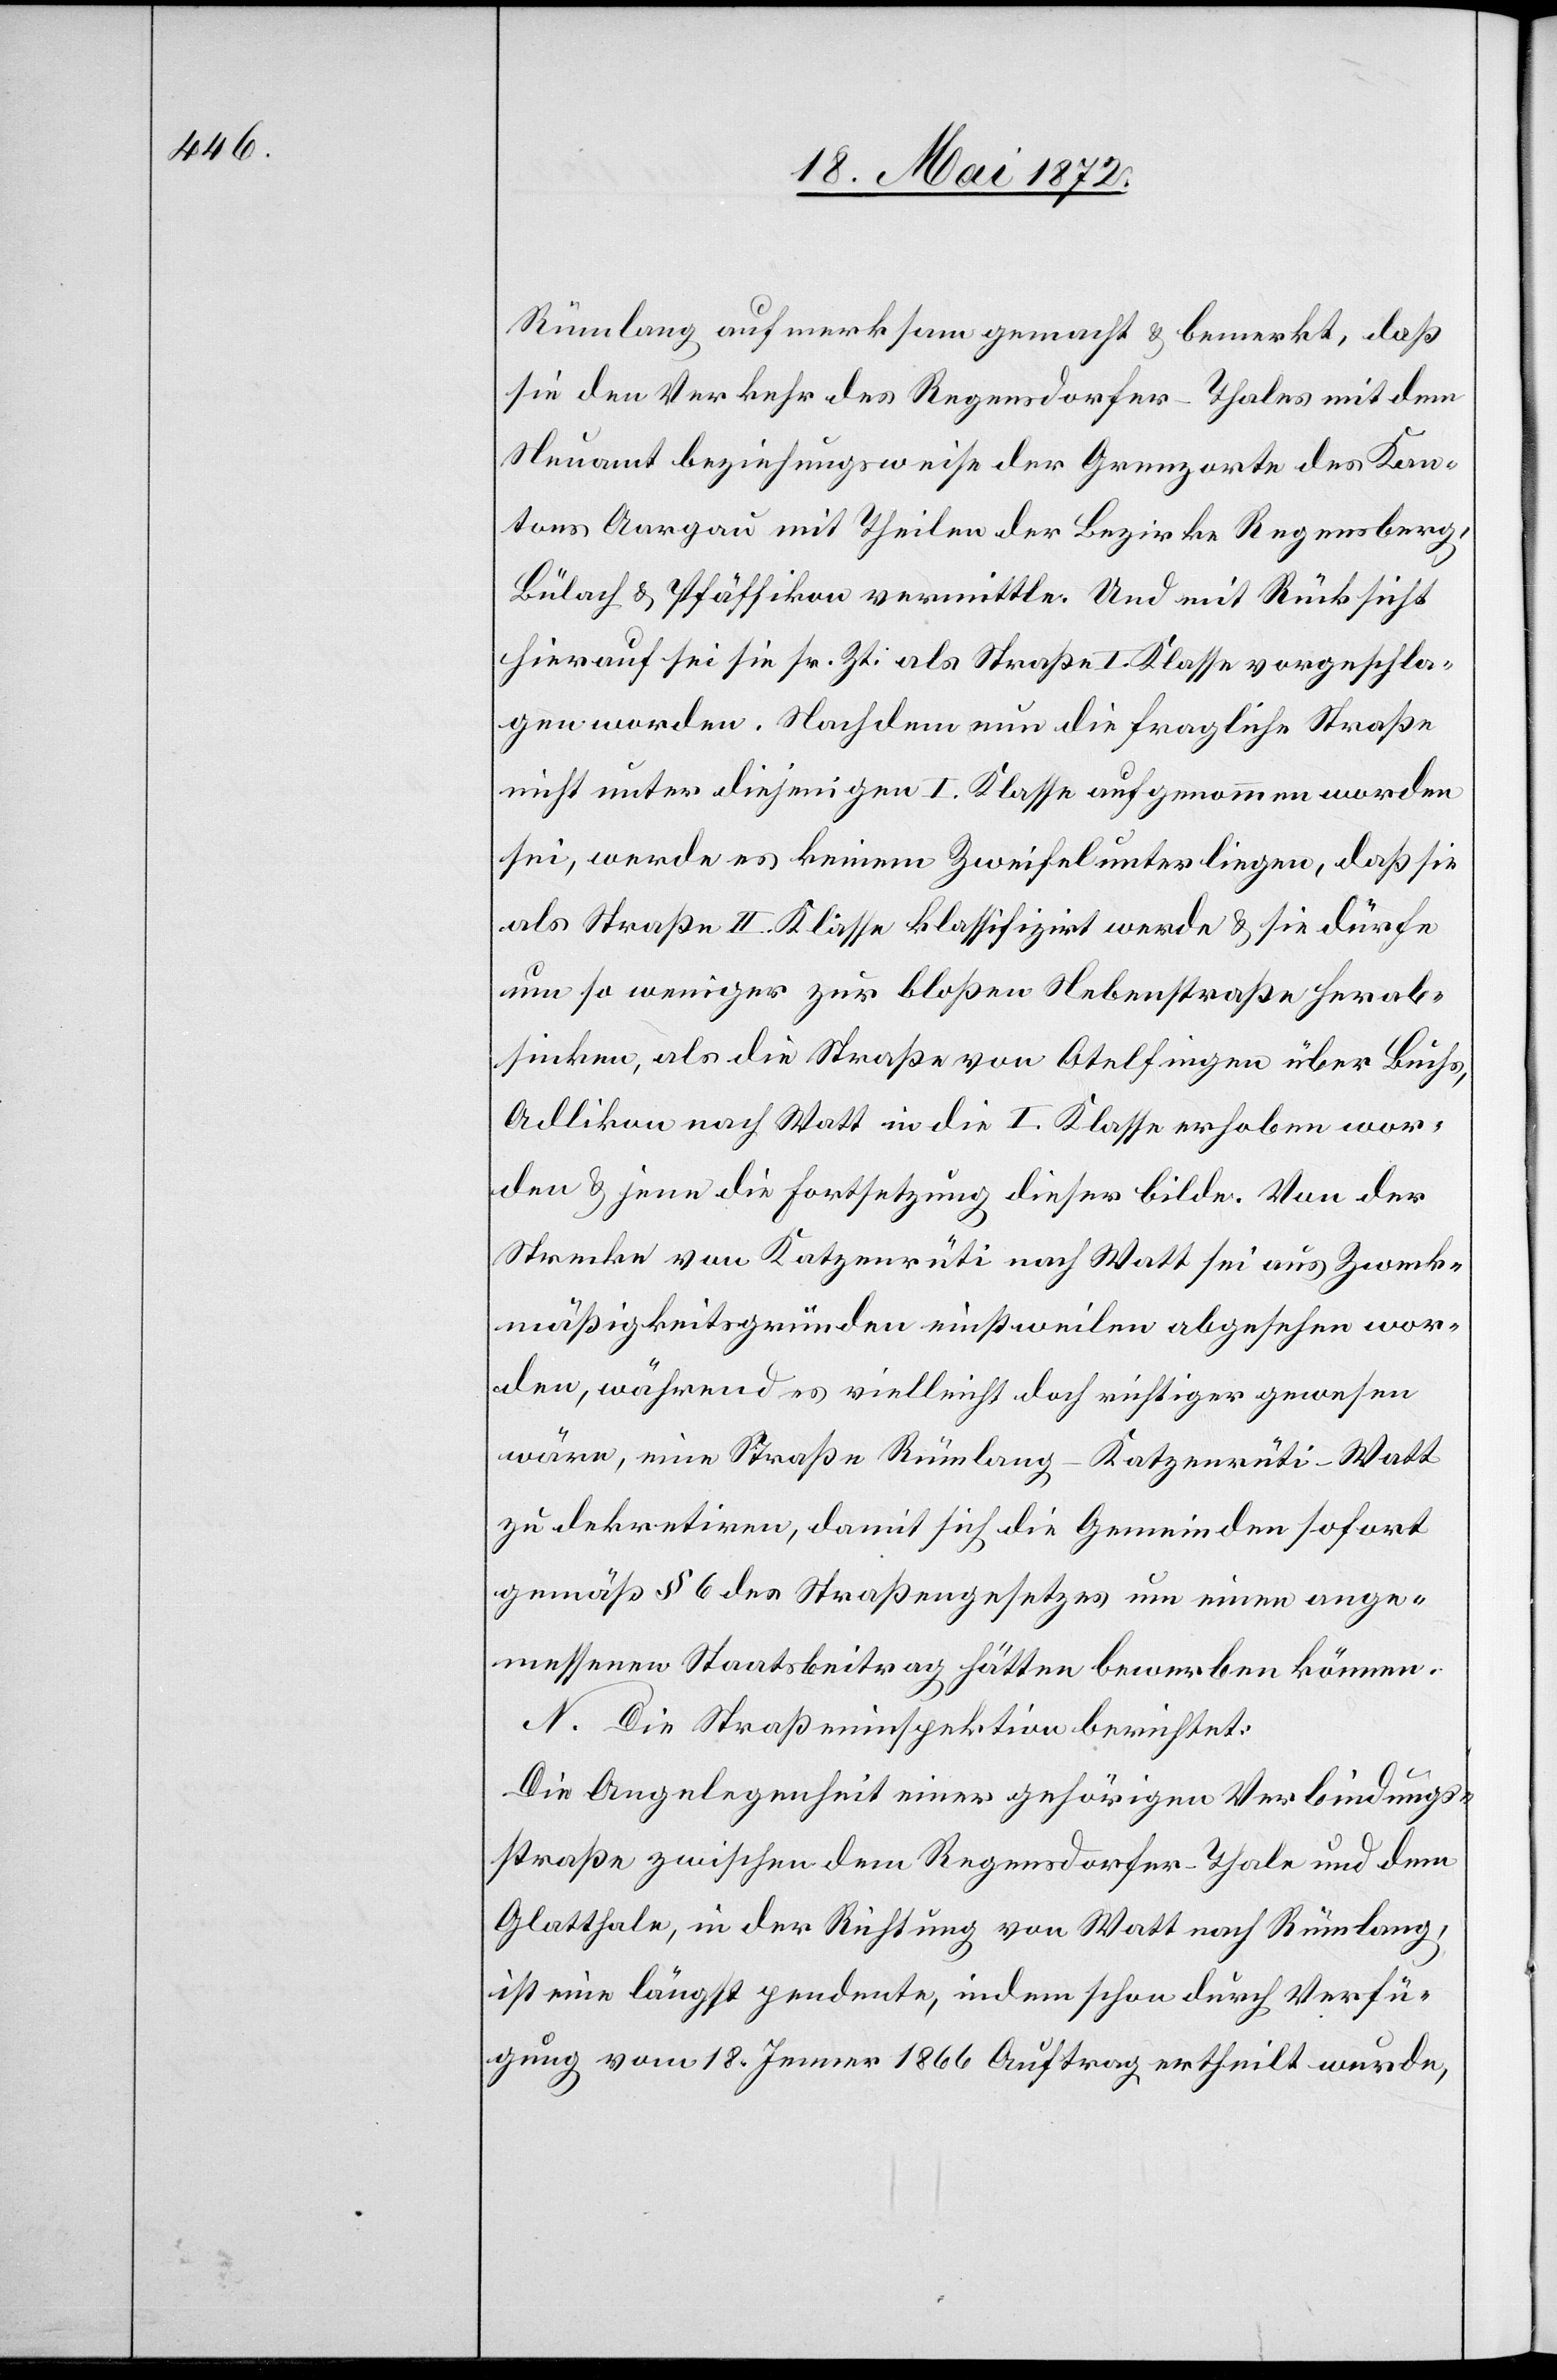
Rümlang aufmerksam gemacht u. bemerkt, daß
sie den Verkehr des Regensdorfer-Thales mit dem
Neuamt beziehungsweise der Grenzorte des Kan¬
tons Aargau mit Theilen der Bezirke Regensberg,
Bülach u. Pfäffikon vermittle. Und mit Rücksicht
hierauf sei sie sr. Zt. als Straße I. Klasse vorgeschla¬
gen worden. Nachdem nun die fragliche Straße
nicht unter diejenigen I. Klasse aufgenommen worden
sei, werde es keinem Zweifel unterliegen, daß sie
als Straße II. Klasse klassifizirt werde u. sie dürfe
um so weniger zur bloßen Nebenstraße herab¬
sinken, als die Straße von Otelfingen über Buchs,
Adlikon nach Watt in die I. Klasse erhoben wor¬
den u. jene die Fortsetzung dieser bilde. Von der
Strecke von Katzenrüti nach Watt sei aus Zweck¬
mäßigkeitsgründen einstweilen abgesehen wor¬
den, während es vielleicht doch richtiger gewesen
wäre, eine Straße Rümlang–Katzenrüti–Watt
zu dekretiren, damit sich die Gemeinden sofort
gemäß § 6 des Straßengesetzes um einen ange¬
messenen Staatsbeitrag hätten bewerben können.
N. Die Straßeninspektion berichtet:
Die Angelegenheit einer gehörigen Verbindungs¬
straße zwischen dem Regensdorfer-Thale und dem
Glatthale, in der Richtung von Watt nach Rümlang,
ist eine längst pendente, indem schon durch Verfü¬
gung vom 18. Jenner 1866 Auftrag ertheilt wurde,